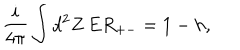
LaTeX: \frac { i } { 4 \pi } \int d ^ { 2 } Z \, E R _ { + - } = 1 - h ,